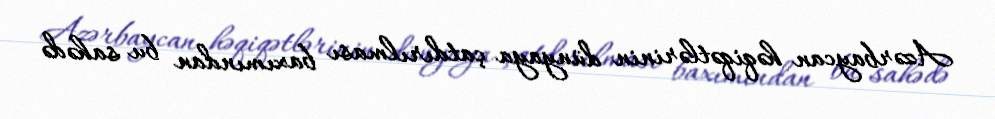
Azərbaycan həqiqətlərinin dünyaya çatdırılması baxımından bu sahədə